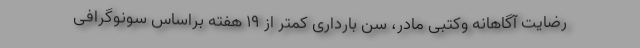
رضایت آگاهانه وکتبی مادر، سن بارداری کمتر از ۱۹ هفته براساس سونوگرافی